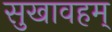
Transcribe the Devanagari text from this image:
सुखावहम्